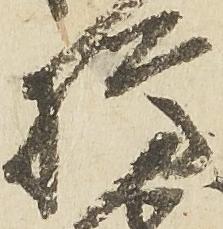
樽